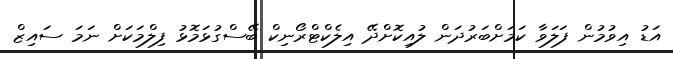
އަޑު އިވުމުން ފަލަވާ ކަމަށްބަރުދަން ލުއިކޮށްދޭ އިލެކްޓްރޯނިކް ބޭސްގުޅަމޮޅު ފިލްމަކަށް ނަމަ ސައިޒް